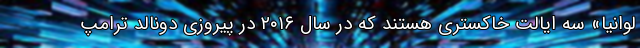
لوانیا» سه ایالت خاکستری هستند که در سال ۲۰۱۶ در پیروزی دونالد ترامپ